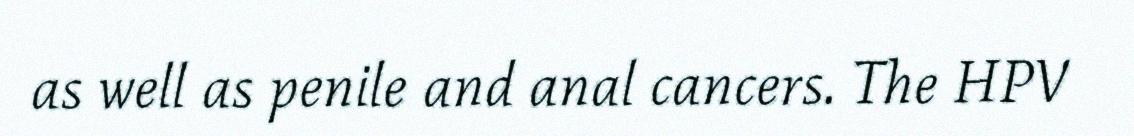
as well as penile and anal cancers. The HPV